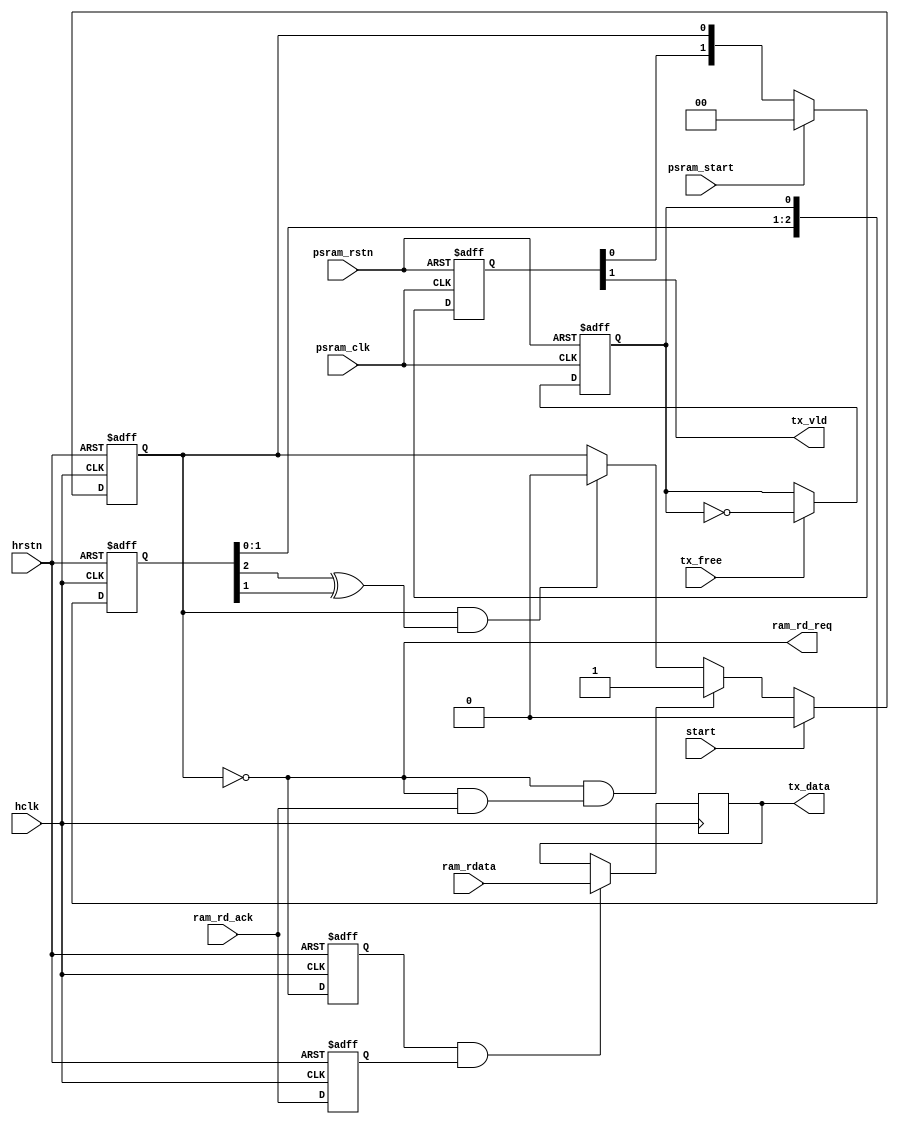
module psram_tx_buf (
    // psram
    input                   psram_rstn,
    input                   psram_clk,
    input                   psram_start,
    input                   tx_free,
    output                  tx_vld,
    output  [31:0]          tx_data,
    // hclk
    input                   hclk,
    input                   hrstn,
    input                   start,
    output                  ram_rd_req,
    input                   ram_rd_ack,
    input   [31:0]          ram_rdata
);
// signals
reg [31:0] d0, d1;
reg fill_flag; reg [1:0] fill_flag_dly; wire fill_flag_sync;
reg toggle; reg [2:0] toggle_dly; wire tx_free_sync;
reg ram_rd_req_d1, ram_rd_ack_d1;
always @(posedge hclk or negedge hrstn)
    if (~hrstn) begin
        ram_rd_req_d1 <= 0;
        ram_rd_ack_d1 <= 0;
    end
    else begin
        ram_rd_req_d1 <= ram_rd_req;
        ram_rd_ack_d1 <= ram_rd_ack;
    end
// hclk clock domain
always @(posedge hclk)
    //if (fill_flag == 0 && ram_rd_req_d1 == 1 && ram_rd_ack_d1 == 1) // no need fill_flag, bugfix????
    if (ram_rd_req_d1 == 1 && ram_rd_ack_d1 == 1)
        d0 <= ram_rdata;
always @(posedge hclk or negedge hrstn)
    if (~hrstn)
        fill_flag <= 0;
    else if (start) // init
        fill_flag <= 0;
    else if (fill_flag == 0 && ram_rd_req & ram_rd_ack)
        fill_flag <= 1;
    else if (fill_flag == 1 && tx_free_sync == 1)
        fill_flag <= 0;
assign ram_rd_req = ~fill_flag; // may read more data, tbd!!!
// tx_free, cross domain
always @(posedge psram_clk or negedge psram_rstn)
    if (~psram_rstn)
        toggle <= 0;
    else if (tx_free)
        toggle <= ~toggle;
always @(posedge hclk or negedge hrstn)
    if (~hrstn)
        toggle_dly <= 0;
    else
        toggle_dly <= {toggle_dly[1:0], toggle};
assign tx_free_sync = toggle_dly[2] ^ toggle_dly[1];
// cross clock domain
always @(posedge psram_clk or negedge psram_rstn)
    if (~psram_rstn)
        fill_flag_dly <= 0;
    else if (psram_start)
        fill_flag_dly <= 0;
    else
        fill_flag_dly <= {fill_flag_dly[0], fill_flag};
assign fill_flag_sync = fill_flag_dly[1];
assign tx_vld = fill_flag_sync;
assign tx_data = d0;

endmodule